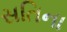
સતિના